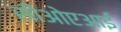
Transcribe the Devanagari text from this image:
सीओएआई